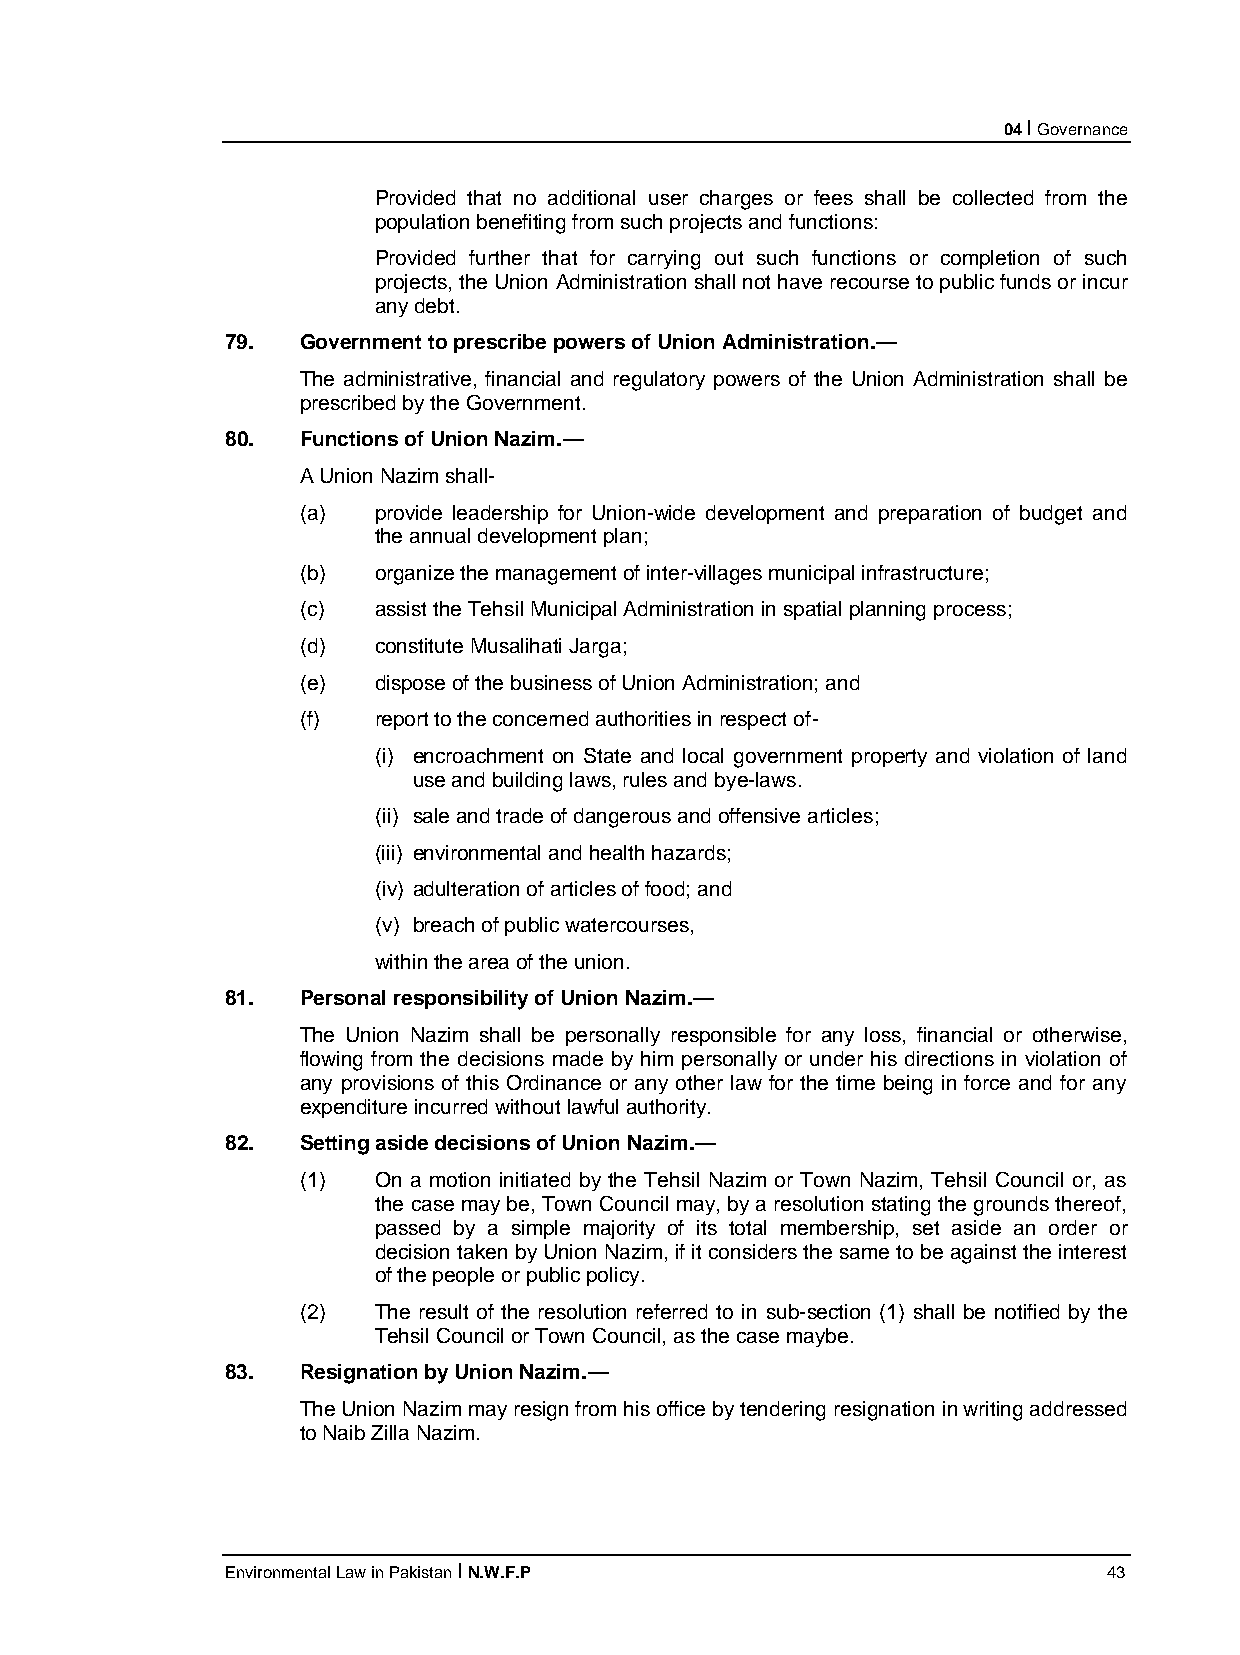
04 I Governance
 Provided that no additional user charges or fees shall be collected from the
 population benefiting from such projects and functions:
 Provided further that for carrying out such functions or completion of such
 projects, the Union Administration shall not have recourse to public funds or incur
 any debt.
 79.  Government to prescribe powers of Union Administration.—
 The administrative, financial and regulatory powers of the Union Administration shall be
 prescribed by the Government.
 80.  Functions of Union Nazim.—
 A Union Nazim shall-
 (a)  provide leadership for Union-wide development and preparation of budget and
 the annual development plan;
 (b)  organize the management of inter-villages municipal infrastructure;
 (c)  assist the Tehsil Municipal Administration in spatial planning process;
 (d)  constitute Musalihati Jarga;
 (e)  dispose of the business of Union Administration; and
 (f)  report to the concerned authorities in respect of-
 (i) encroachment on State and local government property and violation of land
 use and building laws, rules and bye-laws.
 (ii) sale and trade of dangerous and offensive articles;
 (iii) environmental and health hazards;
 (iv) adulteration of articles of food; and
 (v) breach of public watercourses,
 within the area of the union.
 81.  Personal responsibility of Union Nazim.—
 The Union Nazim shall be personally responsible for any loss, financial or otherwise,
 flowing from the decisions made by him personally or under his directions in violation of
 any provisions of this Ordinance or any other law for the time being in force and for any
 expenditure incurred without lawful authority.
 82.  Setting aside decisions of Union Nazim.—
 (1)  On a motion initiated by the Tehsil Nazim or Town Nazim, Tehsil Council or, as
 the case may be, Town Council may, by a resolution stating the grounds thereof,
 passed by a simple majority of its total membership, set aside an order or
 decision taken by Union Nazim, if it considers the same to be against the interest
 of the people or public policy.
 (2)  The result of the resolution referred to in sub-section (1) shall be notified by the
 Tehsil Council or Town Council, as the case maybe.
 83.  Resignation by Union Nazim.—
 The Union Nazim may resign from his office by tendering resignation in writing addressed
 to Naib Zilla Nazim.
 Environmental Law in Pakistan I N.W.F.P                   43